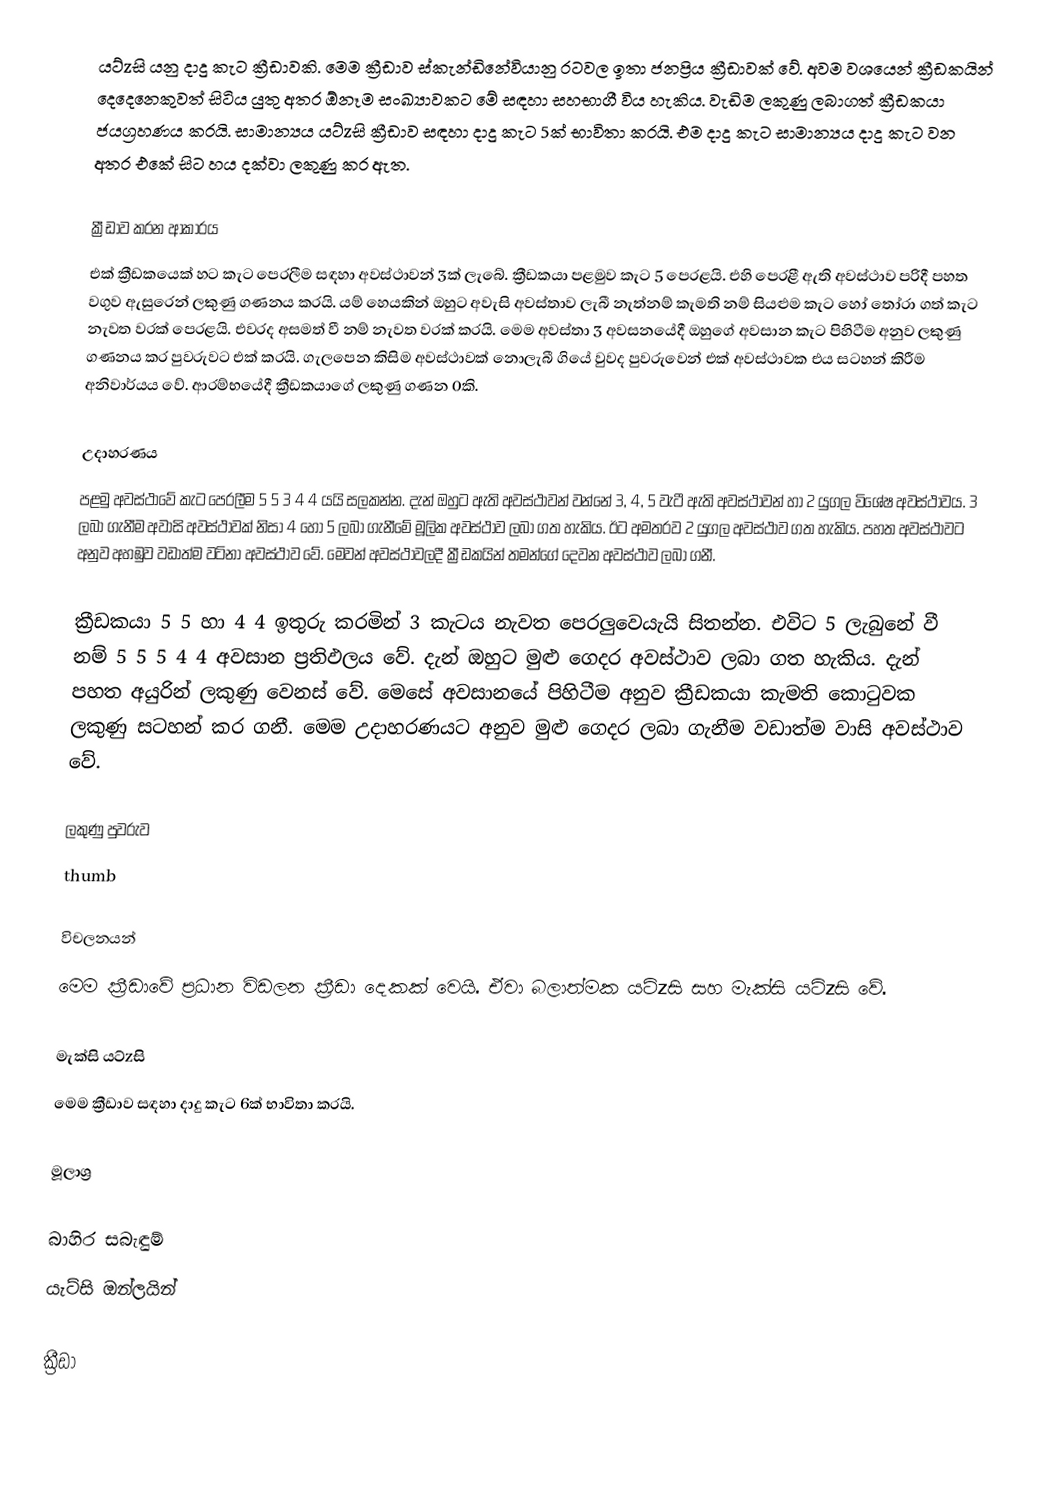
යට්zසි යනු දාදු කැට ක්‍රීඩාවකි. මෙම ක්‍රීඩාව ස්කැන්ඩිනේවියානු රටවල ඉතා ජනප්‍රිය ක්‍රීඩාවක් වේ. අවම වශයෙන් ක්‍රීඩකයින් දෙදෙනෙකුවත් සිටිය යුතු අතර ඕනෑම සංඛ්‍යාවකට මේ සඳහා සහභාගී විය හැකිය.  වැඩිම ලකුණු ලබාගත් ක්‍රීඩකයා ජයග්‍රහණය කරයි. සාමාන්‍යය යට්zසි ක්‍රීඩාව සඳහා දාදු කැට 5ක් භාවිතා කරයි. එම දාදු කැට සාමාන්‍යය දාදු කැට වන අතර එකේ සිට හය දක්වා ලකුණු කර ඇත.

ක්‍රීඩාව කරන ආකාරය
එක් ක්‍රීඩකයෙක් හට කැට පෙරලීම සඳහා අවස්ථාවන් 3ක් ලැබේ. ක්‍රීඩකයා පළමුව කැට  5 පෙරළයි. එහි පෙරළී ඇති අවස්ථාව පරිදී පහත වගුව ඇසුරෙන් ලකුණු ගණනය කරයි. යම් හෙයකින් ඔහුට අවැසි අවස්තාව ලැබී නැත්නම් කැමති නම් සියළුම කැට හෝ තෝරා ගත් කැට නැවත වරක් පෙරළයි. එවරද අසමත් වී නම් නැවත වරක් කරයි. මෙම අවස්තා 3 අවසනයේදී ඔහුගේ අවසාන කැට පිහිටීම අනුව ලකුණු ගණනය කර පුවරුවට එක් කරයි. ගැලපෙන කිසිම අවස්ථාවක් නොලැබී ගියේ වුවද පුවරුවෙන් එක් අවස්ථාවක එය සටහන් කිරීම අනිවාර්යය වේ. ආරම්භයේදී ක්‍රීඩකයාගේ ලකුණු ගණන 0කි.

උදාහරණය
පළමු අවස්ථාවේ කැට පෙරලීම 5 5 3 4 4 යයි සලකන්න. දැන් ඔහුට ඇති අවස්ථාවන් වන්නේ 3, 4, 5 වැටී ඇති අවස්ථාවන් හා 2 යුගල විශේෂ අවස්ථාවය. 3 ලබා ගැනීම අවාසි අවස්ථාවක් නිසා 4 හෝ 5 ලබා ගැනීමේ මූලික අවස්ථාව ලබා ගත හැකිය. ඊට අමතරව 2 යුගල අවස්ථාව ගත හැකිය.  පහත අවස්ථාවට අනුව අහඹුව වඩාත්ම වටිනා අවස්ථාව වේ. මෙවන් අවස්ථාවලදී ක්‍රීඩකයින් තමන්ගේ දෙවන අවස්ථාව ලබා ගනී.

ක්‍රීඩකයා 5 5 හා 4 4 ඉතුරු කරමින් 3 කැටය නැවත පෙරලුවෙයැයි සිතන්න. එවිට 5 ලැබුනේ වී නම් 5 5 5 4 4 අවසාන ප්‍රතිඵලය වේ. දැන් ඔහුට මුළු ගෙදර අවස්ථාව ලබා ගත හැකිය. දැන් පහත අයුරින් ලකුණු වෙනස් වේ. මෙසේ අවසානයේ පිහිටීම අනුව ක්‍රීඩකයා කැමති කොටුවක ලකුණු සටහන් කර ගනී.  මෙම උදාහරණයට අනුව මුළු ගෙදර ලබා ගැනීම වඩාත්ම වාසි අවස්ථාව වේ.

ලකුණු පුවරුව
thumb

විචලනයන්
මෙම ක්‍රීඩාවේ ප්‍රධාන විඩලන ක්‍රීඩා දෙකක් වෙයි. ඒවා බලාත්මක යට්zසි සහ මැක්සි යට්zසි වේ.

මැක්සි යට්zසි
මෙම ක්‍රීඩාව සඳහා දාදු කැට 6ක් භාවිතා කරයි.

මූලාශ්‍ර

බාහිර සබැඳුම්
 යැට්සි ඔන්ලයින්

ක්‍රීඩා